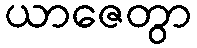
ယာဇေတွာ